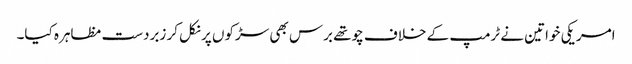
امریکی خواتین نے ٹرمپ کے خلاف چوتھے برس بھی سڑکوں پر نکل کر زبردست مظاہرہ کیا۔